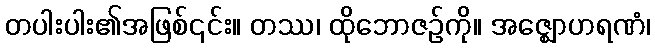
တပါးပါး၏အဖြစ်၎င်း။ တဿ၊ ထိုဘောဇဉ်ကို။ အဇ္ဈောဟရဏံ၊